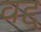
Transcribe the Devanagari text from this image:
वद्द